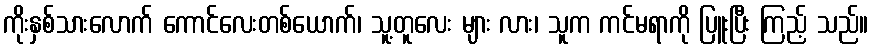
ကိုးနှစ်သားလောက် ကောင်လေးတစ်ယောက်၊ သူ့တူလေး များ လား၊ သူက ကင်မရာကို ပြူးပြီး ကြည့် သည်။